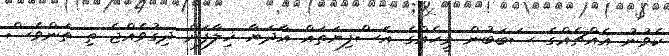
ކެވުނު އެއްޗެއްގެ ސަބަބުން މީހެއްގެ އެސްފިޔަތައް އާދަޔާ ޚިލާފަށް ދިގުވެއްޖެ ތި ތަންވެސް